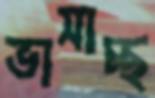
ভাসাচ্ছ